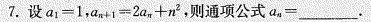
7.设$$a _ { 1 } = 1$$,$$a _ { n } + 1 = 2 a _ { n } + n ^ { 2 }$$,则通项公式$$a _ { n } = ____$$.